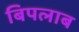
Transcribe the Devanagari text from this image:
बिपलाब